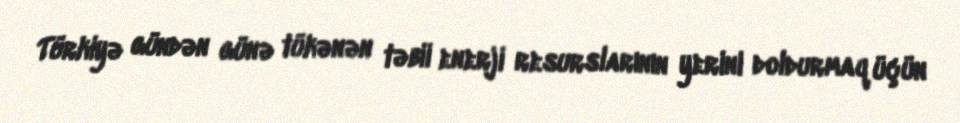
Türkiyə gündən günə tükənən təbii enerji resurslarının yerini doldurmaq üçün